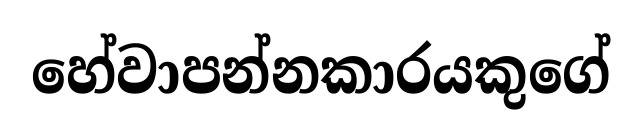
හේවාපන්නකාරයකුගේ